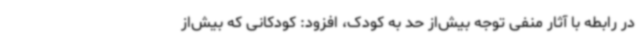
در رابطه با آثار منفی توجه بیش‌از حد به کودک، افزود: کودکانی که بیش‌از